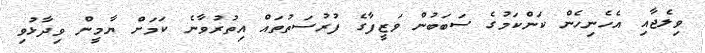
ވިލެޖާއި އެހެނިހެން ކަންކަމުގެ ސަބަބުން ވަޒީފާގެ ފުރުސަތުތައް އިތުރުވާނެ ކަމަށް ޔާމީން ވިދާޅުވި